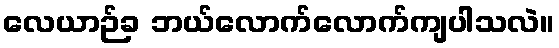
လေယာဉ်ခ ဘယ်လောက်လောက်ကျပါသလဲ။